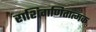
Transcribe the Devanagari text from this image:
राशिगणितात्मक